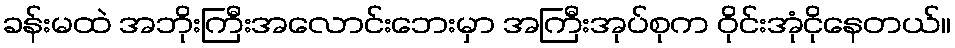
ခန်းမထဲ အဘိုးကြီးအလောင်းဘေးမှာ အကြီးအုပ်စုက ဝိုင်းအုံငိုနေတယ်။